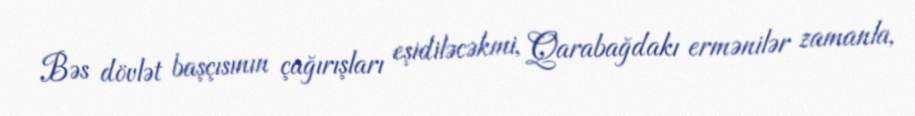
Bəs dövlət başçısının çağırışları eşidiləcəkmi, Qarabağdakı ermənilər zamanla,